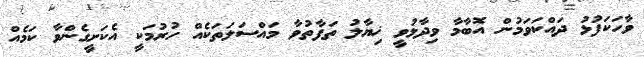
ވާހަކަފުޅު ދައްކަވަމުން އޮބާމާ ވިދާޅުވީ ޚިޔާލު ތަފާތުވާ މައްސަލަތަކެއް ހުރުމަކީ އެކަށީގެންވާ ކަމެއް